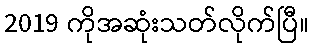
2019 ကိုအဆုံးသတ်လိုက်ပြီ။